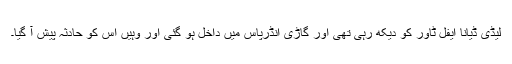
لیڈی ڈیانا ایفل ٹاور کو دیکھ رہی تھی اور گاڑی انڈرپاس میں داخل ہو گئی اور وہیں اس کو حادثہ پیش آ گیا۔